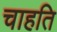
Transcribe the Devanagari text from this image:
चाहति